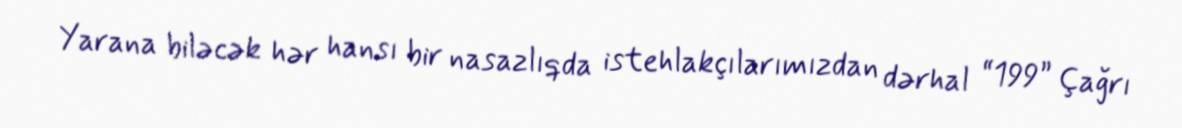
Yarana biləcək hər hansı bir nasazlıqda istehlakçılarımızdan dərhal “199” Çağrı